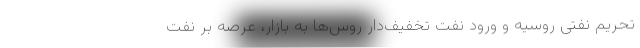
تحریم نفتی روسیه و ورود نفت تخفیف‌دار روس‌ها به بازار، عرصه بر نفت